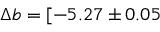
\Delta b = [ - 5 . 2 7 \pm 0 . 0 5